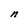
Character: n